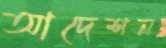
আদেশন